Civil Veterinary Department Bihar & Orissa reports 1922-29 - 1922-1929
Year: 1922
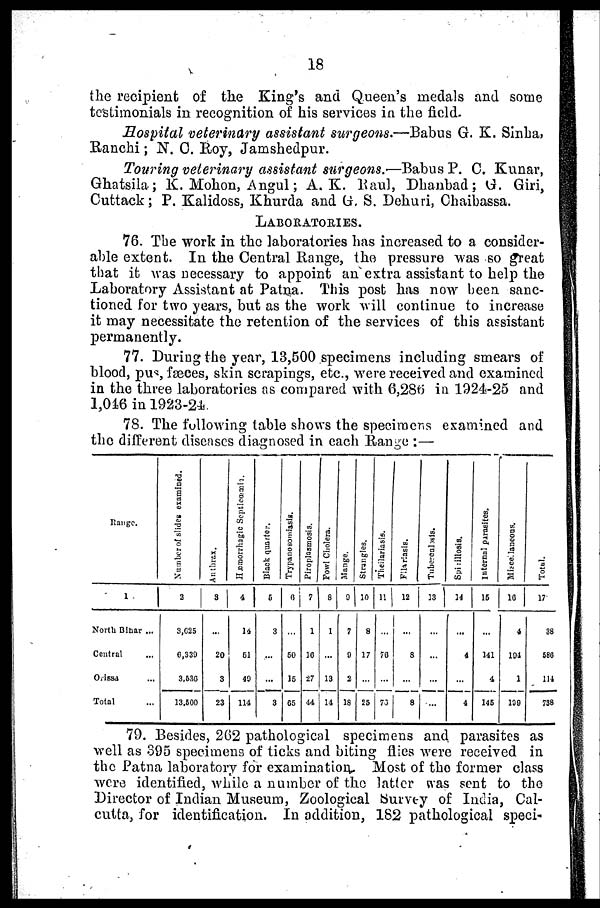
18
the recipient of the King's and Queen's medals and some
testimonials in recognition of his services in the field.
Hospital 'veterinary assistant surgeons.—Babus G. K. Sinha
Ranchi; N. C. Roy, Jamshedpur.
Touring veterinary assistant surgeons.—Babus P. C. Kunar,
Ghatsila; K. Mohon, Angul; A. K. Raul, Dhanbad: G. Giri,
Cuttack; P. Kalidoss, Khurda and G. S. Dehuri, Chaibassa.
LABORATORIES.
76. The work in the laboratories has increased to a consider-
able extent. In the Central Range, the pressure was so great
that it was necessary to appoint an extra assistant to help the
Laboratory Assistant at Patna. This post has now been sanc-
tioned for two years, but as the work will continue to increase
it may necessitate the retention of the services of this assistant
permanently.
77. During the year, 13,500 specimens including smears of
blood, pus fæces, skin scrapings, etc., were received and examined
in the three laboratories as compared with 6,286 in 1924-25 and
1,016 in 1923-24.
78. The following table shows the specimens examined and
the different diseases diagnosed in each Range :—
Range.
1
North Bihar ...
Central
Orissa
Total
Number
of slides examined.
2
3,6225
6,339
3,636
13.500
Anthrax.
3
...
20
3
23
Hæmorrhagic
4
14
51
49
114
Black quarter.
5
3
...
...
3
Trypanosomissis.
0
...
60
15
65
Pi r opl as mos i
s .
7
1
10
27
44
Foel Chol er a.
8
1
13
14
Mange.
0
7
0
2
18
Strangles.
10
8
17
25
Thei l ar i asi s.
11
...
70
70
Filariasis.
12
...
8
...
8
Tuberculosis.
13
...
...
...
...
Spillosis
14
1
4
...
4
Internal parasites.
15
...
141
4
145
Miscellane
16
4
104
1
199
Total.
17
38
580
114
738
79. Besides, 262 pathological specimens and parasites as
well as 395 specimens of ticks and biting flies were received in
the Patna laboratory for examination^. Most of the former class
were identified, while a number of the latter was sent to the
Director of Indian Museum, Zoological Survey of India, Cal-
cutta, for identification. In addition, 182 pathological speci-